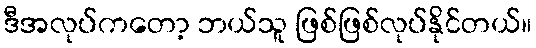
ဒီအလုပ်ကတော့ ဘယ်သူ ဖြစ်ဖြစ်လုပ်နိုင်တယ်။